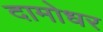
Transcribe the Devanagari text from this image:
दामोधर